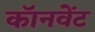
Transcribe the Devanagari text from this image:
कॉनवेंट